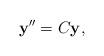
LaTeX: \begin{align*}\mathbf{y}^{\prime\prime}=C\mathbf{y},\end{align*}